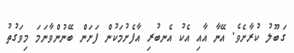
ގަބޫލު ކުރާާށެވެ. އޭނާ އާއި އެކު އެނބުރި އާފެށުމަކުން ފަށަން ބޭނުންވާނަމަ މިވަގުތު